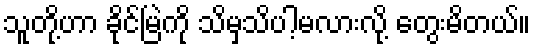
သူတို့ဟာ ခိုင်မြဲကို သိမှသိပါ့မလားလို့ တွေးမိတယ်။